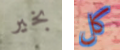
بخير كل